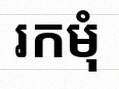
រកមុំ